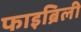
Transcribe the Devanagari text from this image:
फाइब्रिली